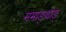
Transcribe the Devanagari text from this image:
ममाङ्थोङ्